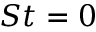
S t = 0